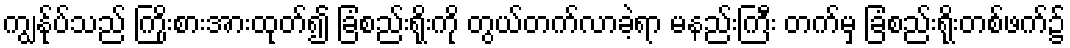
ကျွန်ုပ်သည် ကြိုးစားအားထုတ်၍ ခြံစည်းရိုးကို တွယ်တက်လာခဲ့ရာ မနည်းကြီး တက်မှ ခြံစည်းရိုးတစ်ဖက်၌